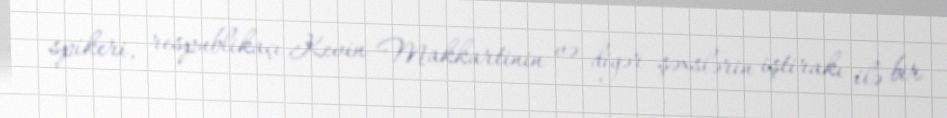
spikeri, respublikaçı Kevin Makkartinin və digər şəxslərin iştirakı ilə bir